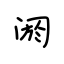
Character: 阏